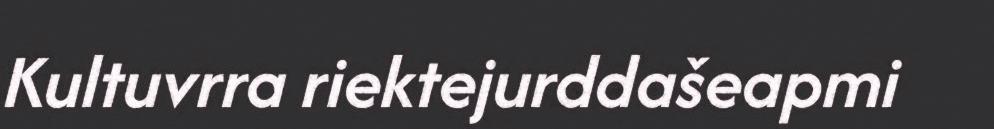
Kultuvrra riektejurddašeapmi